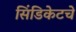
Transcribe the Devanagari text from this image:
सिंडिकेटचे